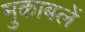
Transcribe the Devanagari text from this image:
मुकाबलें